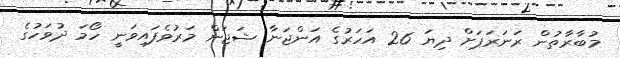
މުބާރާތުން ރަނަރަޕަށް ދިޔަ 26 އަހަރުގެ އަންޖަނާ ޝަޖަން މަރުވެފައިވަނީ ހޯމަ ދުވަހުގެ